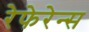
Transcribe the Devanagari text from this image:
रेफेरेन्‍स